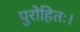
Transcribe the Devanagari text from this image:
पुरोहितः।